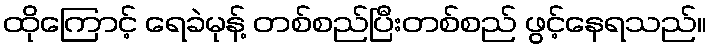
ထိုကြောင့် ရေခဲမုန့် တစ်စည်ပြီးတစ်စည် ဖွင့်နေရသည်။